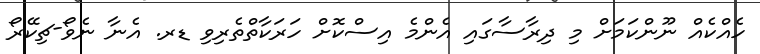
ހެއްކެއް ނޫންކަމަށް މި ދިރާސާގައި އެންމެ އިސްކޮށް ހަރަކާތްތެރިވި ޑރ. އެނާ ނެވޯ-ޗިކޭރޯ